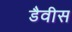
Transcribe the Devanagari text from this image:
डैवीस